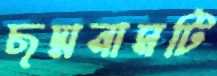
ছদ্মনামটি